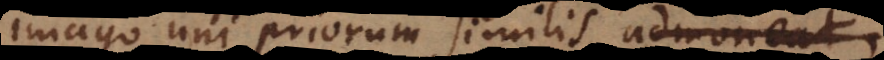
imago uni priorum similis admoneat,